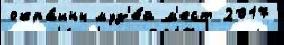
окра́ины муз'е́й м'ест 2017